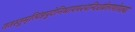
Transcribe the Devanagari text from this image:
ततस्तुमृत्पिंडपुटेनिधायपश्यन्दिशंप्रेतगणोपरुढां